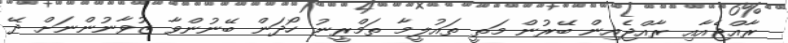
ރާއްޖެއާއި ރާއްޖެއިން ބޭރުން މަތީ ތައުލީމާ ތަމްރީނު ހޯދަން ބޭނުންވާ ޒުވާނުންނަށް ދޭ